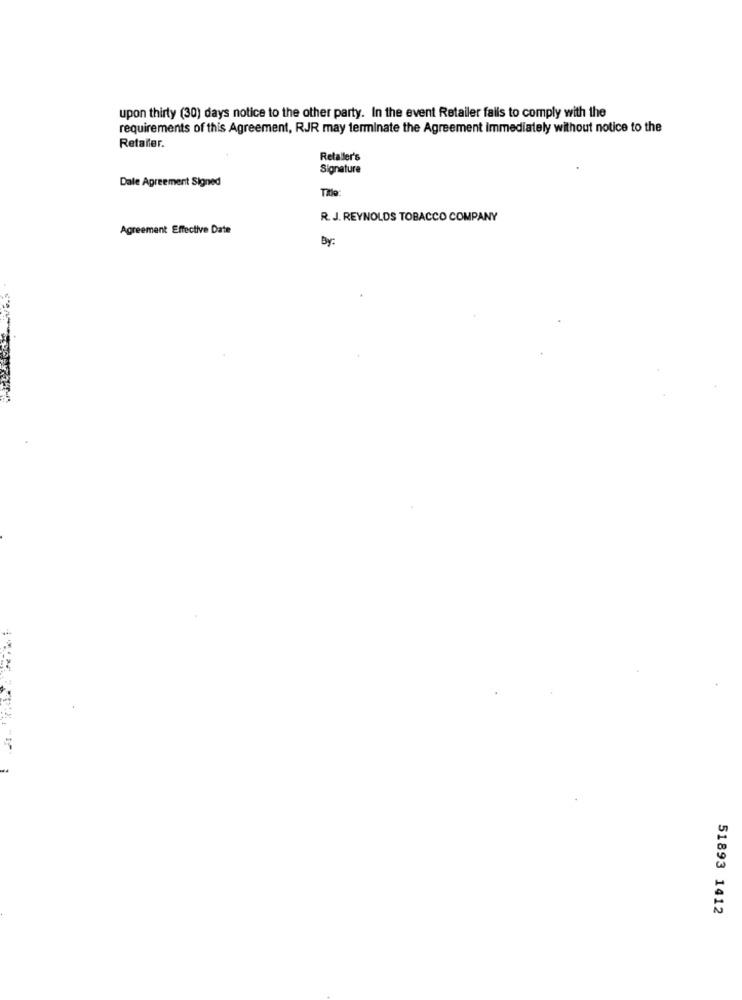
upon thirty (30) days notice to the other party. In the event Retailer falis to comply with the
requirements of this Agreement, RJR may terminate the Agreement immediately without notice to the
Retailer.
Retailer's
Signature
Dale Agreement Signed
R. J. REYNOLDS TOBACCO COMPANY
Agreement Effective Date
by:
51893 1412